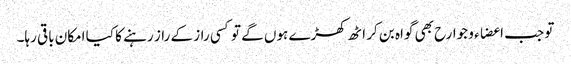
تو جب اعضاء و جوارح بھی گواہ بن کر اٹھ کھڑے ہوں گے تو کسی راز کے راز رہنے کا کیا امکان باقی رہا۔